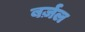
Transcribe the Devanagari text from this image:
बर्ज़ल